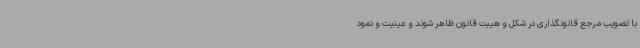
با تصویب مرجع قانونگذاری در شکل و هیبت قانون ظاهر شوند و عینیت و نمود